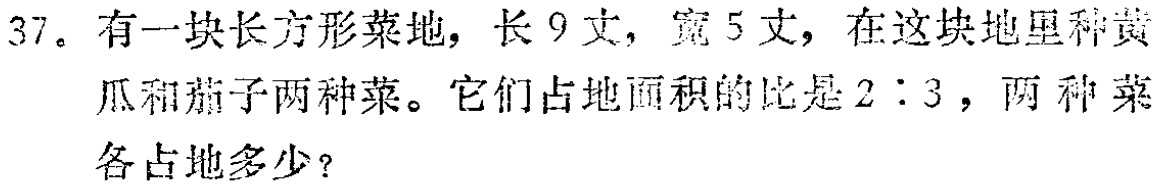
37. 有一块长方形菜地，长 9 丈，宽 5 丈，在这块地里种黄瓜和茄子两种菜。它们占地面积的比是 \(2:3\)，两种菜各占地多少？